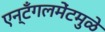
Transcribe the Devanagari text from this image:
एन्टँगलमेंटमुळे